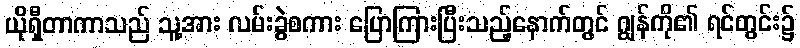
ယိုရှီတာကာသည် သူ့အား လမ်းခွဲစကား ပြောကြားပြီးသည့်နောက်တွင် ဂျွန်ကို၏ ရင်တွင်း၌